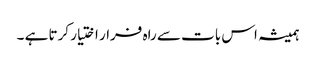
ہمیشہ اس بات سے راہ فرار اختیار کرتا ہے ۔